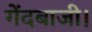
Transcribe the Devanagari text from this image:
गेंदबाजी।